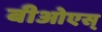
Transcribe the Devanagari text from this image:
बीओएस्